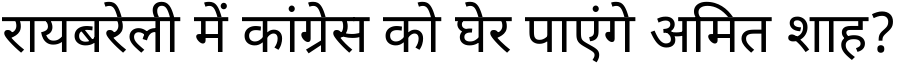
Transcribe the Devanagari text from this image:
रायबरेली में कांग्रेस को घेर पाएंगे अमित शाह?